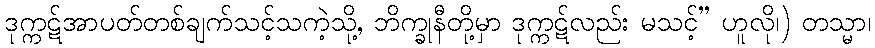
ဒုက္ကဋ်အာပတ်တစ်ချက်သင့်သကဲ့သို့, ဘိက္ခုနီတို့မှာ ဒုက္ကဋ်လည်း မသင့်” ဟူလို၊) တသ္မာ၊